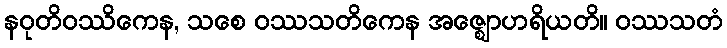
နဝုတိဝဿိကေန, သစေ ဝဿသတိကေန အဇ္ဈောဟရိယတိ။ ဝဿသတံ